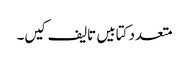
متعدد کتابیں تالیف کیں۔